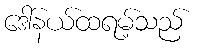
ဒေါ်နယ်ထရမ့်သည်